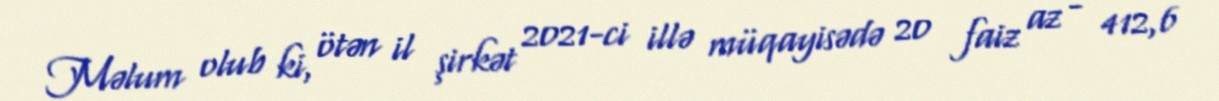
Məlum olub ki, ötən il şirkət 2021-ci illə müqayisədə 20 faiz az - 412,6